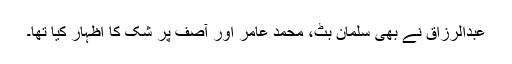
عبدالرزاق نے بھی سلمان بٹ، محمد عامر اور آصف پر شک کا اظہار کیا تھا۔